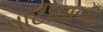
પાટીવાળી